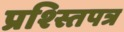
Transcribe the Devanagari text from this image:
प्रश्स्तिपत्र